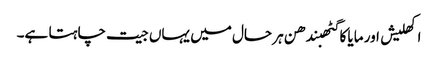
اکھلیش اور مایا کا گٹھبندھن ہر حال میں یہاں جیت چاہتا ہے۔